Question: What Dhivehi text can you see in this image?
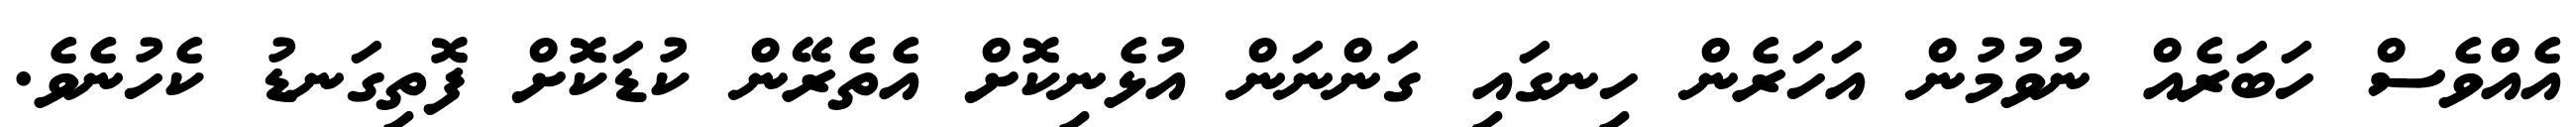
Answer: އެއްވެސް ހަބަރެއް ނުވުމުން އަހަރެން ހިނގައި ގަންނަން އުޅެނިކޮށް އެތެރޭން ކުޑަކޮށް ފޮތިގަނޑު ކެހުނެވެ.